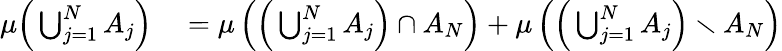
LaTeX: \begin{array}{rl}{\mu{\Big(}\bigcup_{j=1}^{N}A_{j}{\Big)}}&{{}=\mu\left({\Big(}\bigcup_{j=1}^{N}A_{j}{\Big)}\cap A_{N}\right)+\mu\left({\Big(}\bigcup_{j=1}^{N}A_{j}{\Big)}\smallsetminus A_{N}\right)}\end{array}